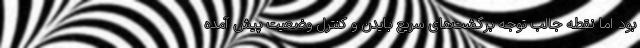
بود اما نقطه جالب توجه برگشت‌های سریع بایدن و کنترل وضعیت پیش آمده